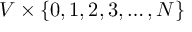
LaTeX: V \times \{ 0 , 1 , 2 , 3 , \ldots , N \}